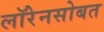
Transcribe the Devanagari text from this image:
लॉरेनसोबत